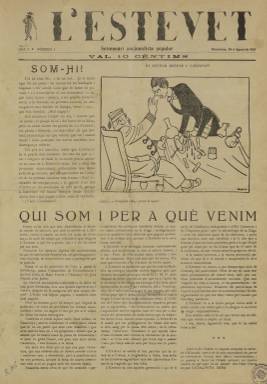
Título: L'Estevet (Barcelona)
Colección: Revistas satíricas y humorísticas
Ámbito geográfico: Barcelona
Lugar de publicación: Barcelona
Fechas: 26/08/1921-09/09/1923

Semanario nacionalista catalán satírico que destaca por su radicalismo y por la calidad de sus ilustraciones y caricaturas. Fue fundado en agosto de 1921 por el político catalán Manuel Carrasco i Formiguera con la intención de recuperar el estilo combativo de la revista Cu-Cut y desapareció en septiembre de 1923 con el golpe de Estado del general Primo de Rivera.

  La revista, lógicamente escrita en idioma catalán, comenzó teniendo cuatro páginas a tres columnas con un precio de 10 céntimos. A partir del número 15 cambió de impresor y pasó a ser impresa por Avel.lí Artís, que era también editor y escritor. Esto supuso un gran cambio para la publicación a partir de enero de 1922, en que empezó una segunda época. Pasó a tener 16 páginas y subió de precio a 15 céntimos, dándose una mayor importancia a la parte gráfica.

  El semanario nacionalista no sólo criticaba al Gobierno español y a las autoridades en Cataluña. También hacía objeto de su sátira al líder de la Lliga Regionalista, Francesc Cambó, representante de la burguesía catalana, en unos años de una fuerte conflictividad social con numerosos atentados.

   Los redactores tuvieron muchos problemas con la censura e incluso su director, Manuel Carrasco, fue juzgado y condenado a seis meses de cárcel, pena que cumplió en el penal de Burgos. También algunos caricaturistas como John y Quelus sufrieron denuncias por sus dibujos críticos con las derrotas de los militares españoles en Marruecos.

   El 9 de septiembre de 1923, dos días antes de las Diada del 11 de septiembre, el Día Nacional de Cataluña, el semanario sacó un número especial, de cuatro páginas, con un artículo de su director titulado ‘Catalunya encara, Catalunya sempre’ animando a participar en las manifestaciones y actos previstos con motivo de la conmemoración.

La revista pretendía sacar su siguiente número el día 14, recogiendo todos los acontecimientos de la Diada, pero el número no llegó a salir porque se produjo antes el golpe de Estado del capitán general de Cataluña, Miguel Primo de Rivera, justo un día antes, como consecuencia precisamente de los incidentes ocurridos durante la celebración del día 11, con gritos de ‘Muera España’ y ‘Muera el ejército’.

  Sobre esta publicación nacionalista satírica y catalana hay información muy detallada en la página web Humoristán, Museo Digital del Humor Gráfico, que se puede consultar ‘on line’.

[Descripción publicada el 17/08/2022]